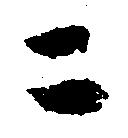
ニ